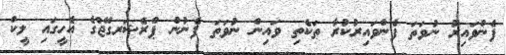
ފެންވައިރު ނުވަތަ ފެންވައިރުކުރާ ތަކެތި ވައިން ނުވަތަ ފެނުން ޕްރެޝަރގޭޖްގެ އެހީގައި ލީކް